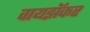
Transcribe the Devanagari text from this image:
वायझॅकर